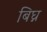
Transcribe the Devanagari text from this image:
बिघ्न